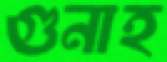
গুনাহ